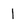
Character: 1